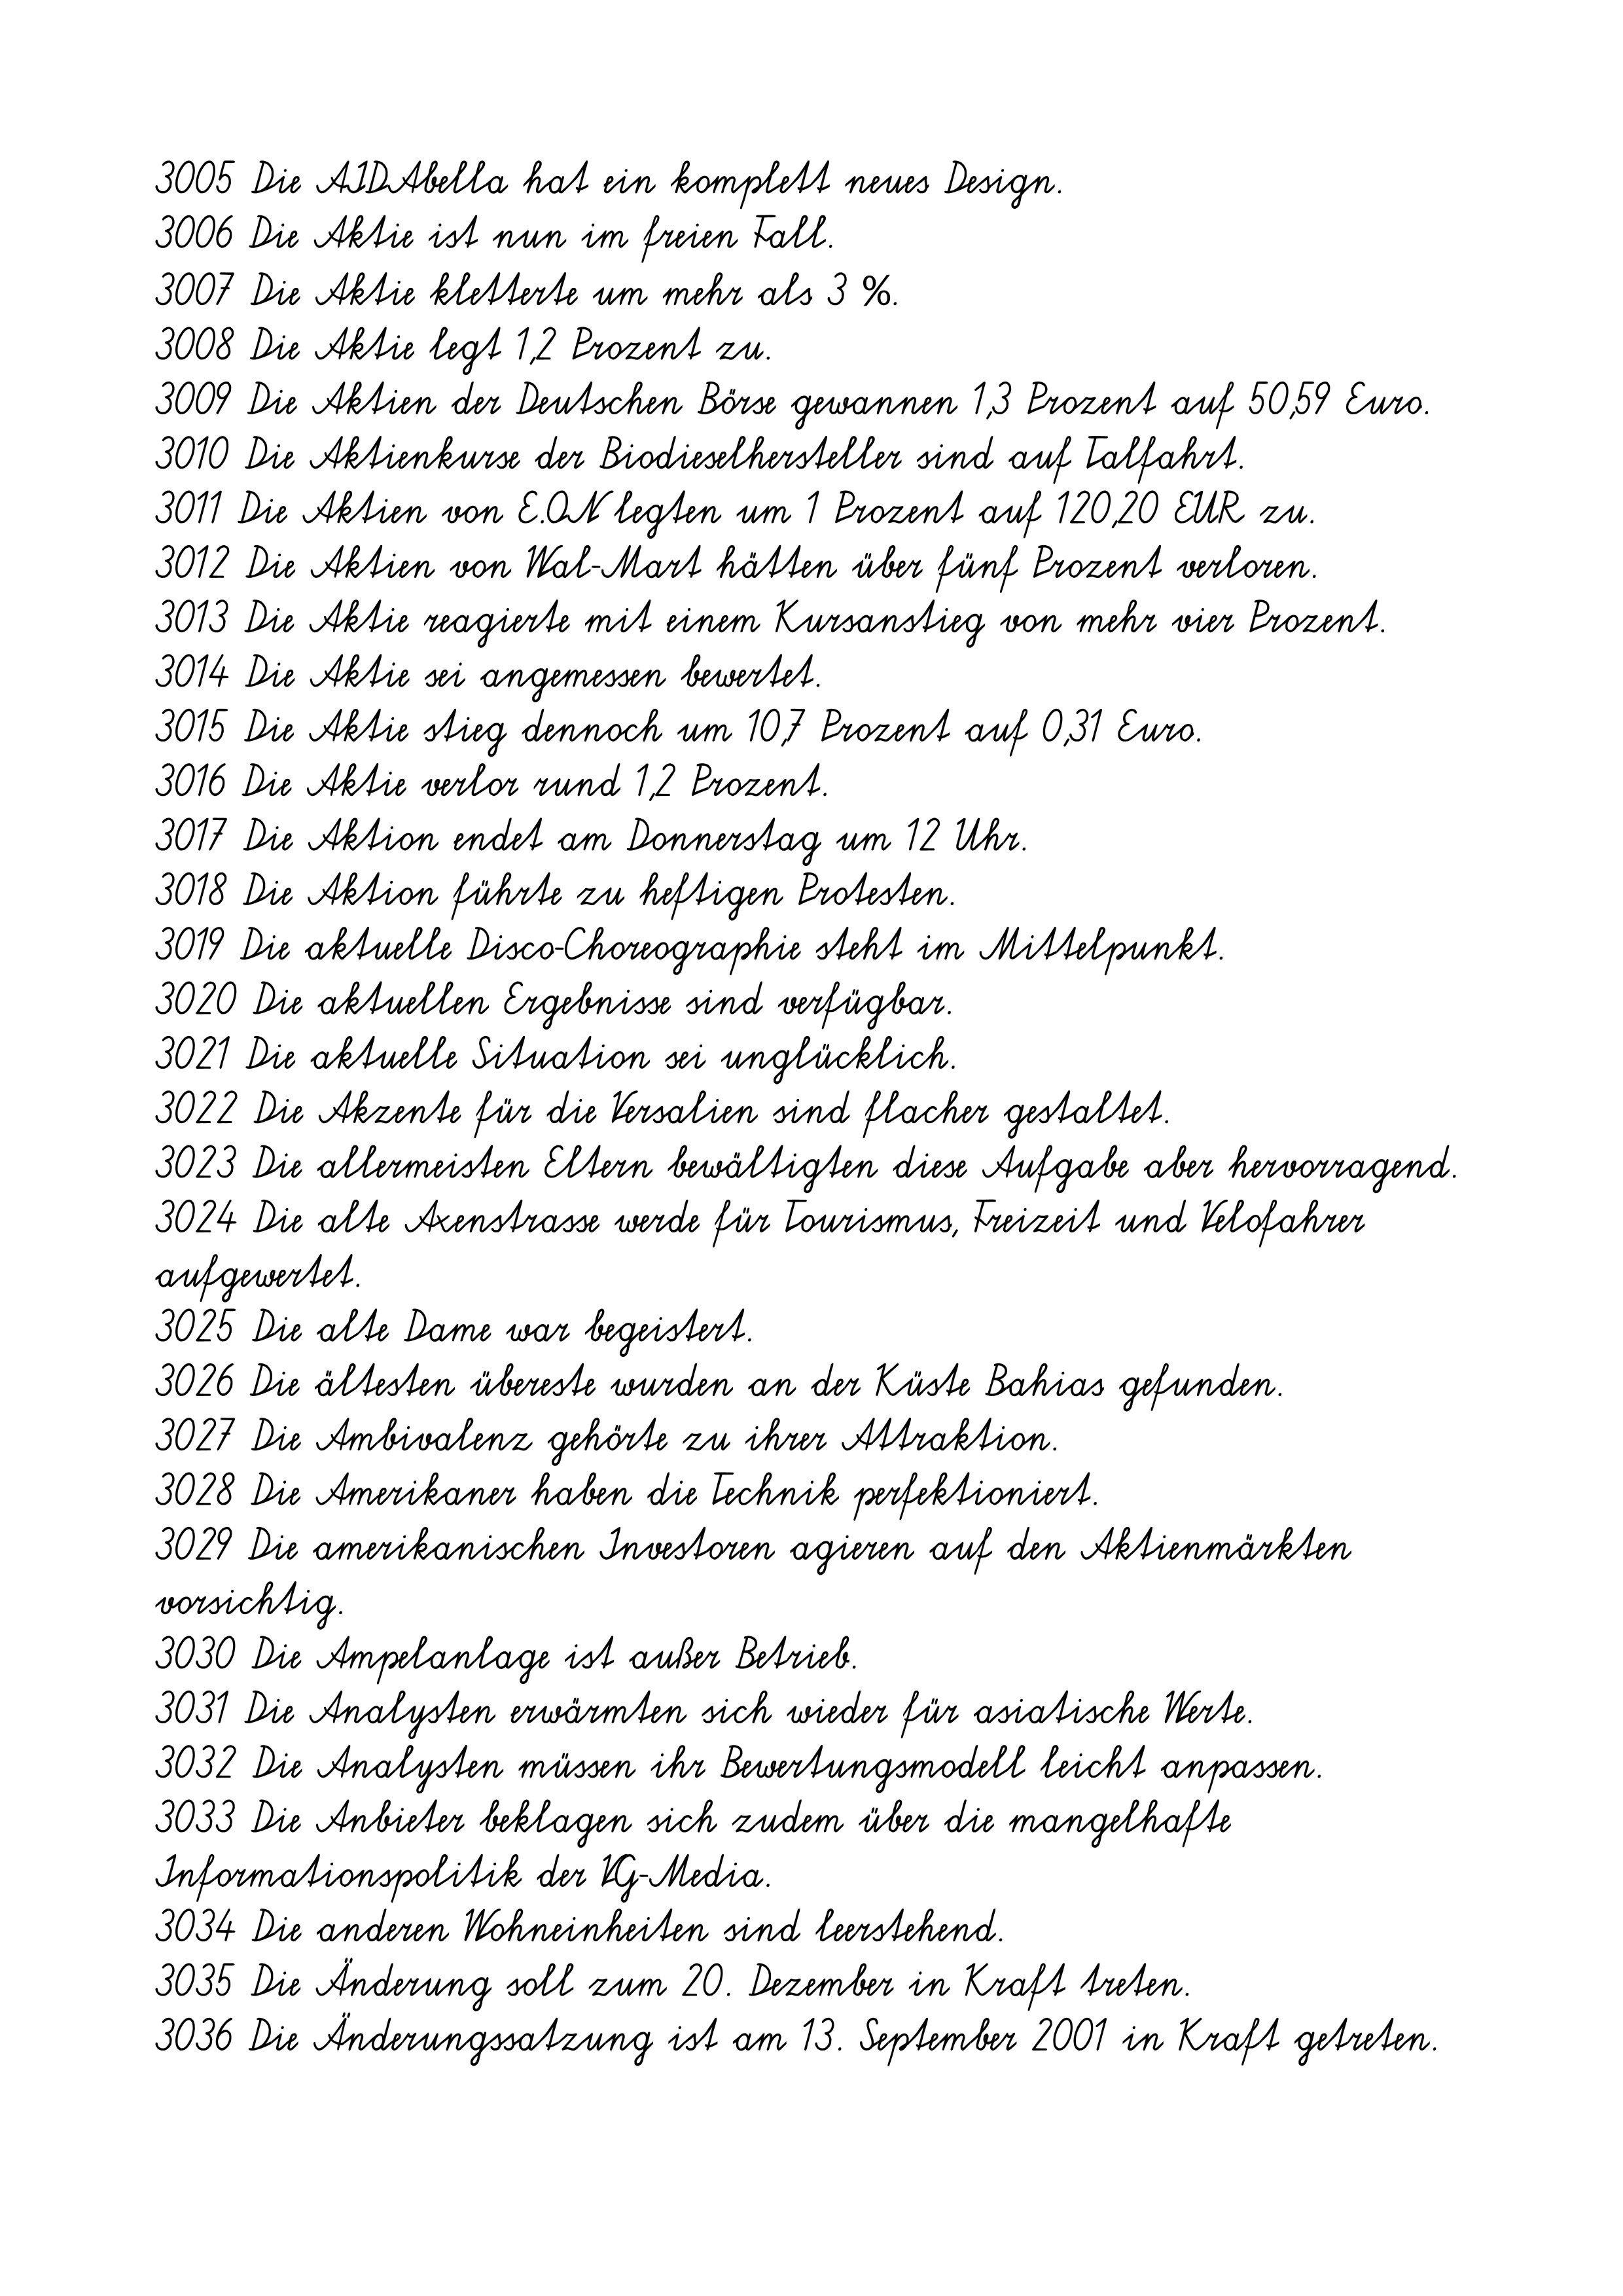
3005 Die AIDAbella hat ein komplett neues Design.
3006 Die Aktie ist nun im freien Fall.
3007 Die Aktie kletterte um mehr als 3 %.
3008 Die Aktie legt 1,2 Prozent zu.
3009 Die Aktien der Deutschen Börse gewannen 1,3 Prozent auf 50,59 Euro.
3010 Die Aktienkurse der Biodieselhersteller sind auf Talfahrt.
3011 Die Aktien von E.ON legten um 1 Prozent auf 120,20 EUR zu.
3012 Die Aktien von Wal-Mart hätten über fünf Prozent verloren.
3013 Die Aktie reagierte mit einem Kursanstieg von mehr vier Prozent.
3014 Die Aktie sei angemessen bewertet.
3015 Die Aktie stieg dennoch um 10,7 Prozent auf 0,31 Euro.
3016 Die Aktie verlor rund 1,2 Prozent.
3017 Die Aktion endet am Donnerstag um 12 Uhr.
3018 Die Aktion führte zu heftigen Protesten.
3019 Die aktuelle Disco-Choreographie steht im Mittelpunkt.
3020 Die aktuellen Ergebnisse sind verfügbar.
3021 Die aktuelle Situation sei unglücklich.
3022 Die Akzente für die Versalien sind flacher gestaltet.
3023 Die allermeisten Eltern bewältigten diese Aufgabe aber hervorragend.
3024 Die alte Axenstrasse werde für Tourismus, Freizeit und Velofahrer
aufgewertet.
3025 Die alte Dame war begeistert.
3026 Die ältesten übereste wurden an der Küste Bahias gefunden.
3027 Die Ambivalenz gehörte zu ihrer Attraktion.
3028 Die Amerikaner haben die Technik perfektioniert.
3029 Die amerikanischen Investoren agieren auf den Aktienmärkten
vorsichtig.
3030 Die Ampelanlage ist außer Betrieb.
3031 Die Analysten erwärmten sich wieder für asiatische Werte.
3032 Die Analysten müssen ihr Bewertungsmodell leicht anpassen.
3033 Die Anbieter beklagen sich zudem über die mangelhafte
Informationspolitik der VG-Media.
3034 Die anderen Wohneinheiten sind leerstehend.
3035 Die Änderung soll zum 20. Dezember in Kraft treten.
3036 Die Änderungssatzung ist am 13. September 2001 in Kraft getreten.